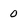
Character: 0